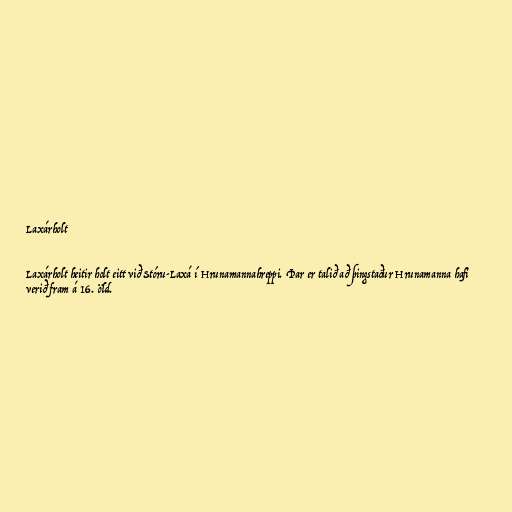
Laxárholt

Laxárholt heitir holt eitt við Stóru-Laxá í Hrunamannahreppi. Þar er talið að þingstaður Hrunamanna hafi
verið fram á 16. öld.